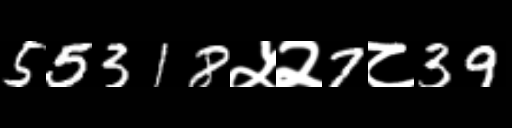
Text: 55318५२7८39